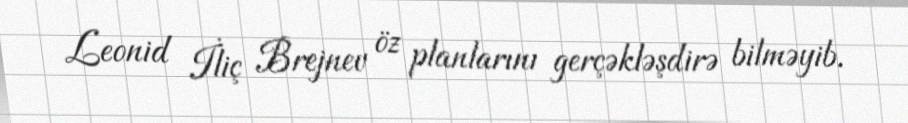
Leonid İliç Brejnev öz planlarını gerçəkləşdirə bilməyib.